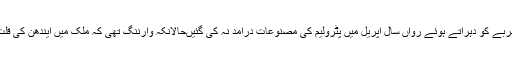
ایک مرتبہ اُسی تجربے کو دہراتے ہوئے رواں سال اپریل میں پٹرولیم کی مصنوعات درآمد نہ کی گئیںحالانکہ وارننگ تھی کہ ملک میں ایندھن کی قلت واقع ہورہی ہے ۔